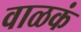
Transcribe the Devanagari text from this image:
वाळकं